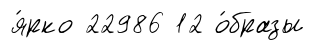
я́рко 22986 12 о́бразы